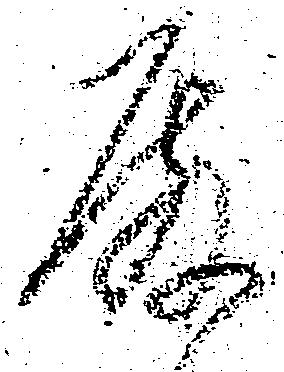
殿